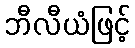
ဘီလီယံဖြင့်